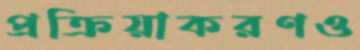
প্রক্রিয়াকরণও